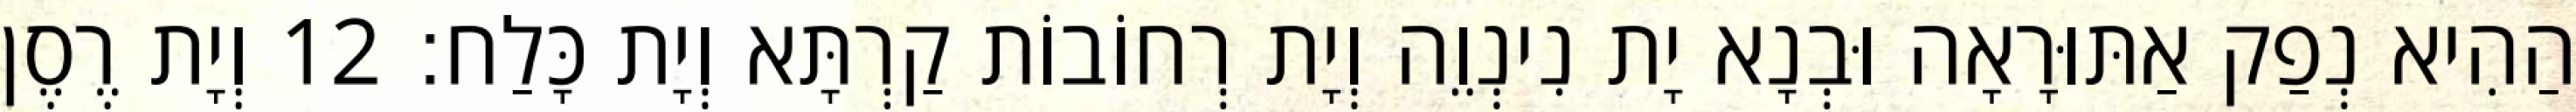
הַהִיא נְפַק אַתּוּרָאָה וּבְנָא יָת נִינְוֵה וְיָת רְחוֹבוֹת קַרְתָּא וְיָת כָּלַח׃ 12 וְיָת רֶסֶן